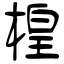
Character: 楻